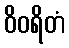
ဝိဝရိတံ